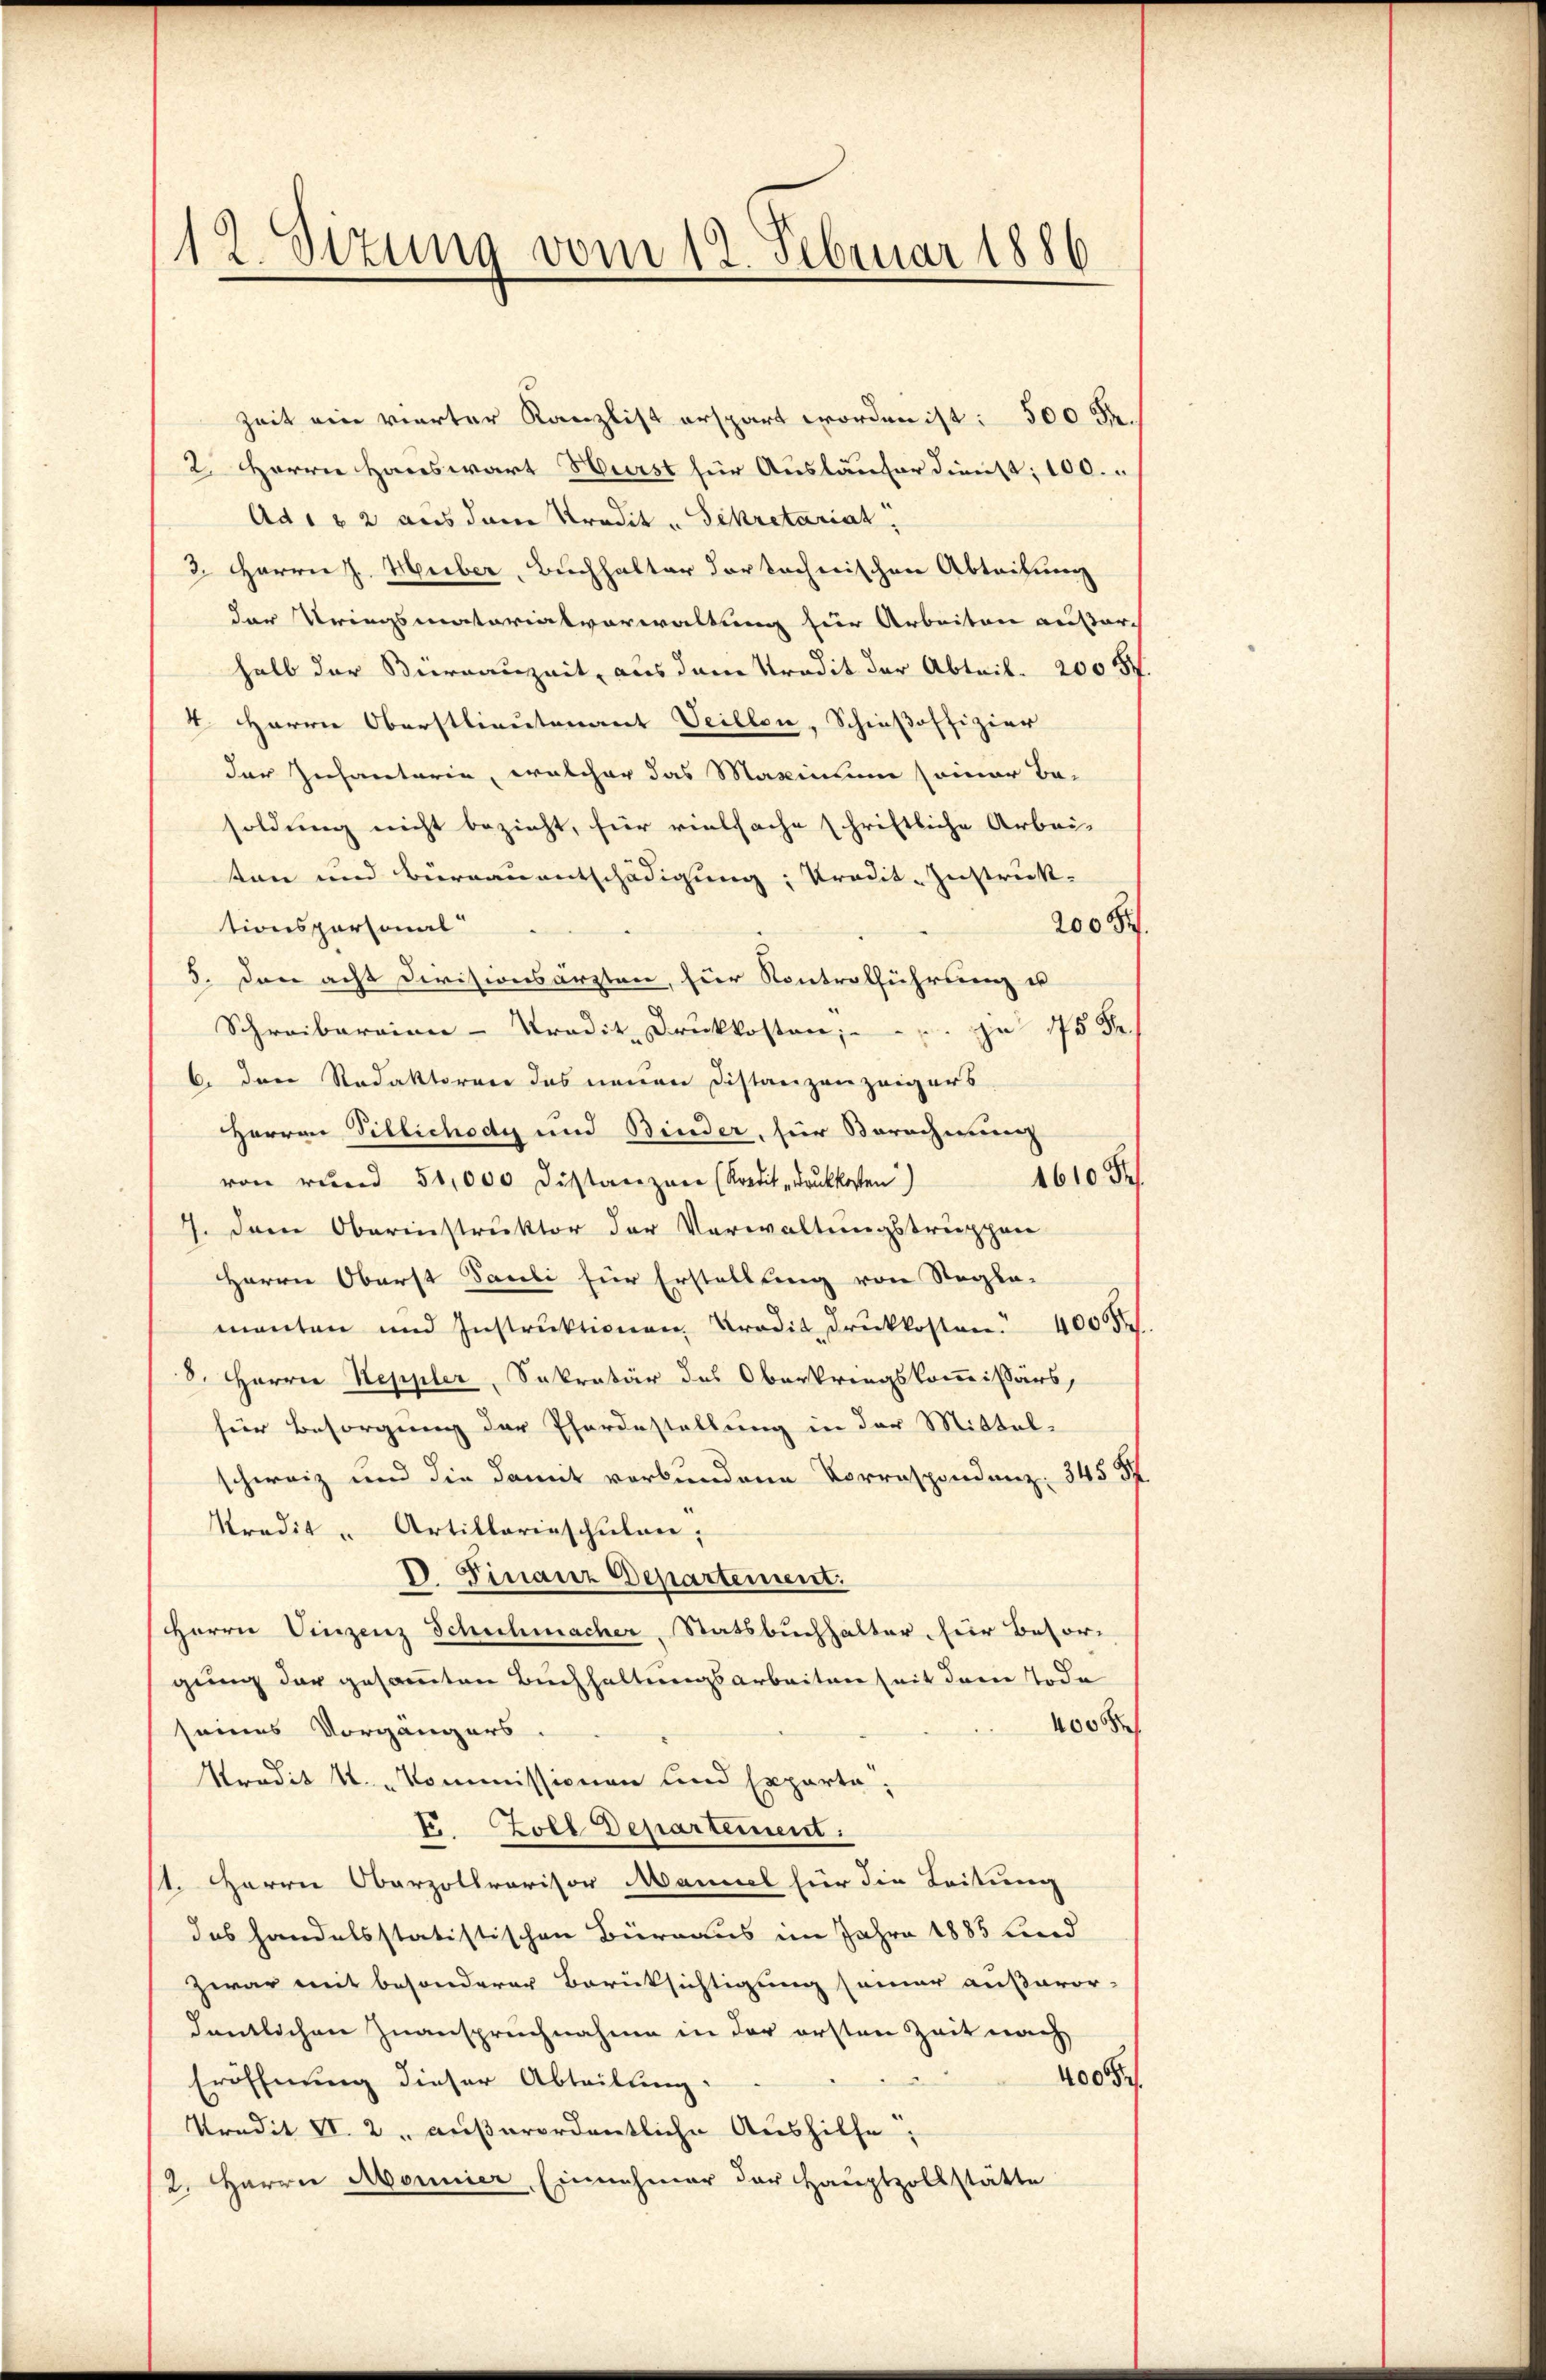
12 Stzung vom 12. Februar 1886

Zeit ein vierter Kanzlist erspart worden ist: 500 Fr.
2. Herrn Hauswart Herst für Ausläufer dienst; 100.
Ad 1 & 2 aus dem Predit - Sekretariat
3. Herrn J. Huber, Buchhalter der technischen Abtritung
der Kriegsmatorialverwaltung für Arbeiten außer-
halb der Büreauzeit, aus dem Tradit der Abteil. 2005f
4. Herrn Oberstlieutenant Veillon, Schießoffizier
der Infanterin, welcher das Maxinium seiner Be-
soldung nicht bezieht, für vielfache schriftliche Arbei-
ten und Büreauentschädigung; Predit-Instruk-
200
tionspersonal
5. Den acht Divisionsärzten, hier Kontrolführung u
Schreiberaien-Tradit. Druckkosten; zu 175 Fr.
6. Der Redaktoren das neuen Distanzen zeigers
HHerren Tillichody und Binder, für Berechnung
1610 Fr.
von rund 50,000 Distanzen (Kredit-Druckkosten)
7. Dem Oberinstruktor der Verwaltungstruppen
Herrn Oberst Pauli für Erstellung von Regle-
manten und Instrŭktionen Predit druckkosten 4000
8. Herren Keppler, Sekretär des Oberkriegskommissärs,
für Besorgung der Pferdestellung in der Mittel-
schweiz und die damit verbundene Vorrespondenz. 345 St
kredit - Artillarieschulen,
V. Finanz Departement.
Herrn Vinzenz Schuhmacher, Statsbuchhalter, für Besorgung der gesammten Buchhaltungsarbeiten seit dem Tode
4000
seines Vorgängers.
Tradit k. Kommissionen und Expertatr. Zoll Departement.
st. Herrn Oberzollravisor Maniel für die Leitung
das handelsstatistischen Büreaus im Jahre 1885 Lind
Zwar mit besonderer Berücksichtigung seiner außeror-
dentlichen Zuanspruchnahme in der ersten Zeit nach
4000
Eröffnung dieser Abteilung.
Kredit VI. 2. außerordentliche Aushilfe,
2. Herrn Abonnier Einnehmer der Hauptzollstätte